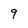
Character: 9